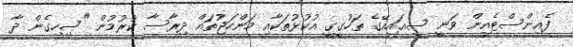
ފެއިންސްޓެއިން ވަނީ ސީއައިއޭގެ ތަހުގީގީ އުކުޅުތަކާއި މަންހަޖުތައް ދިރާސާ ކުރުމުން "ސިހިގެން ދާ